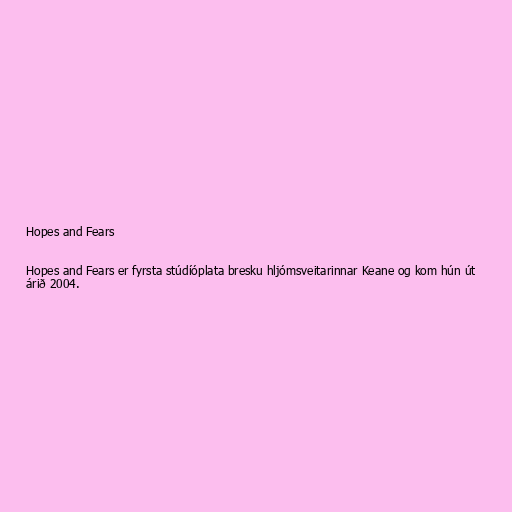
Hopes and Fears

Hopes and Fears er fyrsta stúdíóplata bresku hljómsveitarinnar Keane og kom hún út
árið 2004.